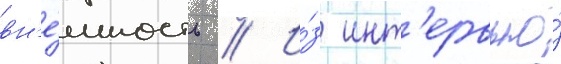
вн'е́шность // И́з инт'ервью́